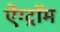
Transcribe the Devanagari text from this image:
ऐंग्ट्रॉम